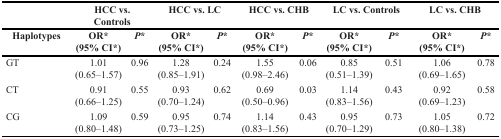
<table><thead><tr><td></td><td colspan="2"><b>HCC vs. Controls</b></td><td colspan="2"><b>HCC vs. LC</b></td><td colspan="2"><b>HCC vs. CHB</b></td><td colspan="2"><b>LC vs. Controls</b></td><td colspan="2"><b>LC vs. CHB</b></td></tr><tr><td><b>Haplotypes</b></td><td><b>OR*(95% CI*)</b></td><td><b><i>P</i>*</b></td><td><b>OR*(95% CI*)</b></td><td><b><i>P</i>*</b></td><td><b>OR*(95% CI*)</b></td><td><b><i>P</i>*</b></td><td><b>OR*(95% CI*)</b></td><td><b><i>P</i>*</b></td><td><b>OR*(95% CI*)</b></td><td><b><i>P</i>*</b></td></tr></thead><tbody><tr><td>GT</td><td>1.01(0.65–1.57)</td><td>0.96</td><td>1.28(0.85–1.91)</td><td>0.24</td><td>1.55(0.98–2.46)</td><td>0.06</td><td>0.85(0.51–1.39)</td><td>0.51</td><td>1.06(0.69–1.65)</td><td>0.78</td></tr><tr><td>CT</td><td>0.91(0.66–1.25)</td><td>0.55</td><td>0.93(0.70–1.24)</td><td>0.62</td><td>0.69(0.50–0.96)</td><td>0.03</td><td>1.14(0.83–1.56)</td><td>0.43</td><td>0.92(0.69–1.23)</td><td>0.58</td></tr><tr><td>CG</td><td>1.09(0.80–1.48)</td><td>0.59</td><td>0.95(0.73–1.25)</td><td>0.74</td><td>1.14(0.83–1.56)</td><td>0.43</td><td>0.95(0.70–1.29)</td><td>0.73</td><td>1.05(0.80–1.38)</td><td>0.72</td></tr></tbody></table>